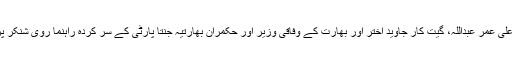
اِن میں سابق وزیر اعلیٰ عمر عبداللہ، گیت کار جاوید اختر اور بھارت کے وفاقی وزیر اور حکمران بھارتیہ جنتا پارٹی کے سر کردہ راہنما روی شنکر پرساد بھی شامل ہیں۔